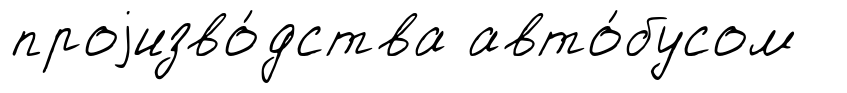
проjизво́дства авто́бусом